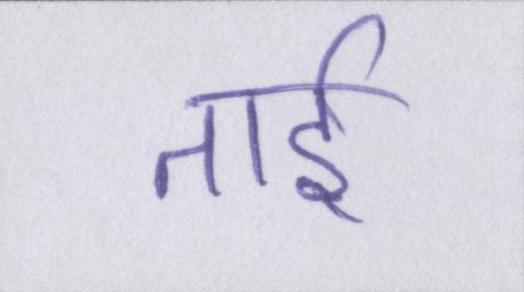
ताई